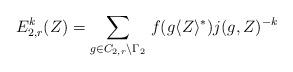
LaTeX: \begin{align*} E_{2,r}^k(Z) = \underset{ g \in C_{2,r} \backslash \Gamma_2}\sum \ f(g \langle Z \rangle^*) j(g,Z)^{-k}\end{align*}